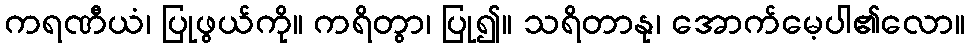
ကရဏီယံ၊ ပြုဖွယ်ကို။ ကရိတွာ၊ ပြု၍။ သရိတာနု၊ အောက်မေ့ပါ၏လော။